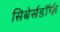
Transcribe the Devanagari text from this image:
सिबेर्सडॉर्फ